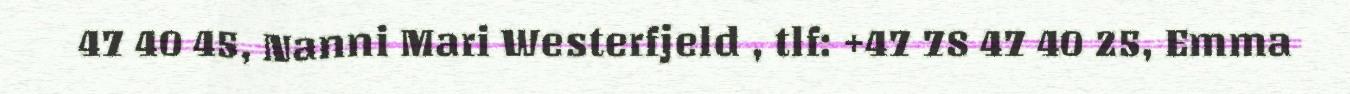
47 40 45, Nanni Mari Westerfjeld , tlf: +47 78 47 40 25, Emma